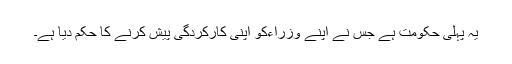
یہ پہلی حکومت ہے جس نے اپنے وزراءکو اپنی کارکردگی پیش کرنے کا حکم دیا ہے۔